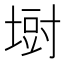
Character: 𪤁